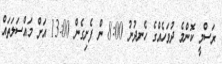
ރަސްމީ ކޮންމެ ދުވަހެއްގެ ހެނދުނު 8:00 ން ފެށިގެން 13:00 އަށް މައްސަލަތައް